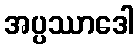
အပ္ပဿာဒေါ